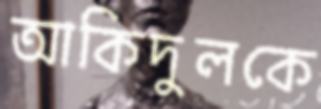
আকিদুলকে